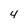
Character: 4